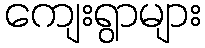
ကျေးရွာများ